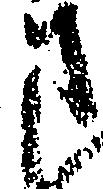
さ